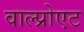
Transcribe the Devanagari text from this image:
वाल्प्रोएट